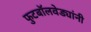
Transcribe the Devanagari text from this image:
फुटबॉलवेड्यांनी